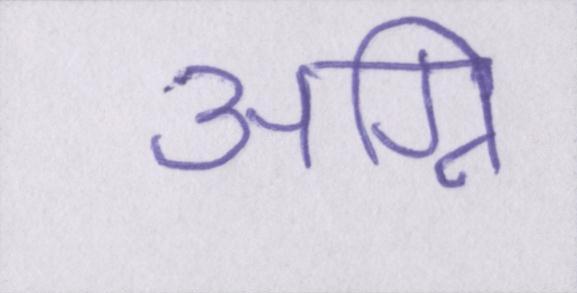
अग्नि